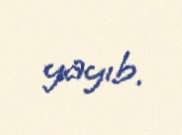
yayıb.